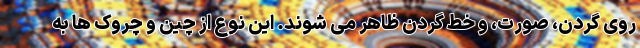
روی گردن، صورت، و خط گردن ظاهر می شوند. این نوع از چین و چروک ها به